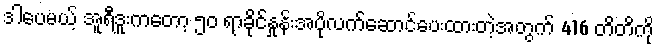
ဒါပေမယ့် အူရီဒူးကတော့ ၅၀ ရာခိုင်နှုန်းအပိုလက်ဆောင်ပေးထားတဲ့အတွက် 416 တိတိကို